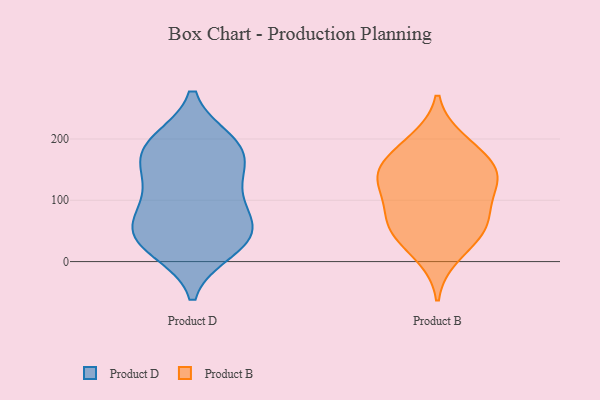
{"axis": {"x": "Inventory Turnover", "y": "Value"}, "legend": ["Product B", "Product D"], "data": [{"x": "", "y": 82, "type": "Product D"}, {"x": "", "y": 179, "type": "Product D"}, {"x": "", "y": 56, "type": "Product D"}, {"x": "", "y": 122, "type": "Product D"}, {"x": "", "y": 44, "type": "Product D"}, {"x": "", "y": 123, "type": "Product D"}, {"x": "", "y": 68, "type": "Product D"}, {"x": "", "y": 34, "type": "Product D"}, {"x": "", "y": 30, "type": "Product D"}, {"x": "", "y": 195, "type": "Product D"}, {"x": "", "y": 193, "type": "Product D"}, {"x": "", "y": 158, "type": "Product D"}, {"x": "", "y": 181, "type": "Product D"}, {"x": "", "y": 20, "type": "Product D"}, {"x": "", "y": 146, "type": "Product B"}, {"x": "", "y": 126, "type": "Product B"}, {"x": "", "y": 197, "type": "Product B"}, {"x": "", "y": 134, "type": "Product B"}, {"x": "", "y": 78, "type": "Product B"}, {"x": "", "y": 50, "type": "Product B"}, {"x": "", "y": 10, "type": "Product B"}, {"x": "", "y": 151, "type": "Product B"}, {"x": "", "y": 52, "type": "Product B"}, {"x": "", "y": 147, "type": "Product B"}, {"x": "", "y": 95, "type": "Product B"}, {"x": "", "y": 53, "type": "Product B"}, {"x": "", "y": 187, "type": "Product B"}]}